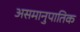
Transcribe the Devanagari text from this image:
असमानुपातिक